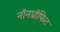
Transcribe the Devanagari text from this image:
नॉनप्रॉफिट